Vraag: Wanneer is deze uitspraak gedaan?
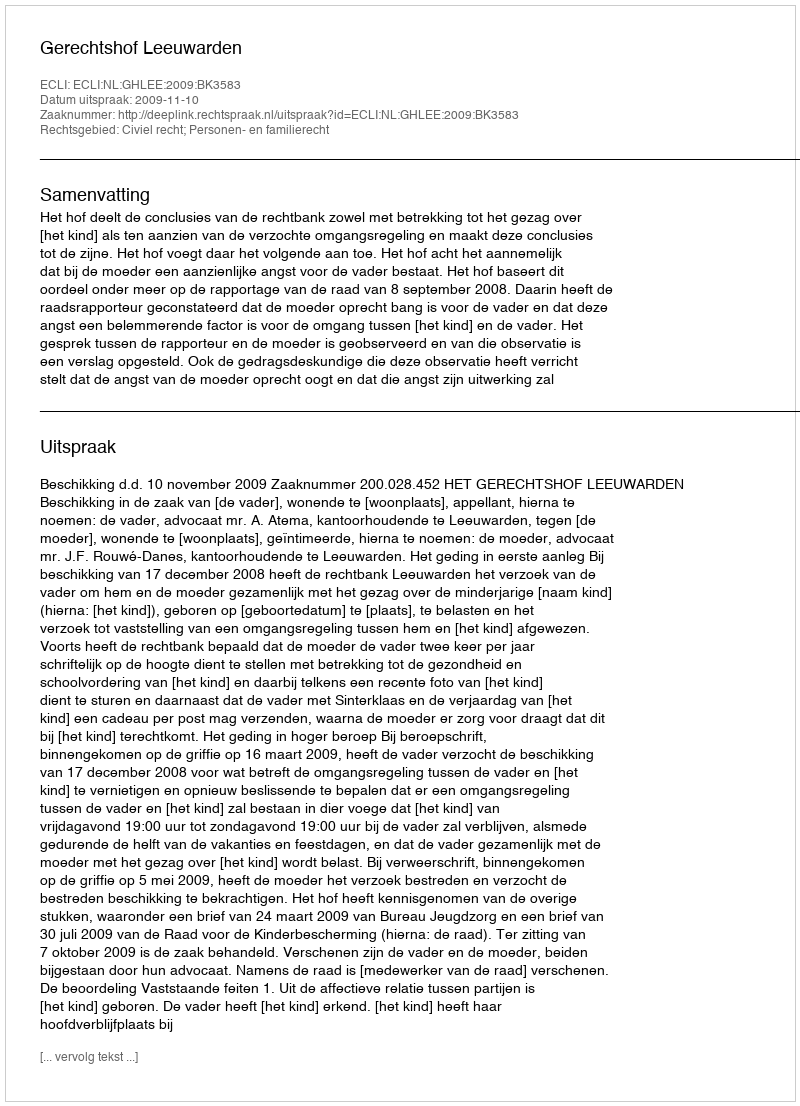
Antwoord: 2009-11-10